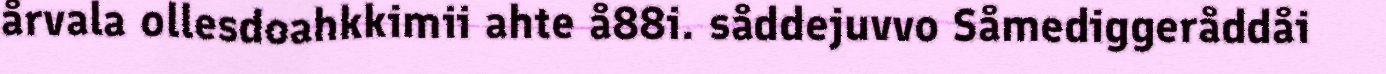
årvala ollesdoahkkimii ahte å88i. såddejuvvo Såmediggeråddåi